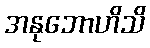
အနုဘောဟိသိ